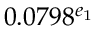
0 . 0 7 9 8 ^ { e _ { 1 } }